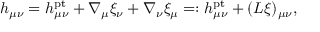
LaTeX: h _ { \mu \nu } = h _ { \mu \nu } ^ { \mathrm { p t } } + \nabla _ { \mu } \xi _ { \nu } + \nabla _ { \nu } \xi _ { \mu } = : h _ { \mu \nu } ^ { \mathrm { p t } } + ( L \xi ) _ { \mu \nu } ,